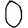
Digit: 0